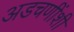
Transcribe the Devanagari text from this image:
अडचणींशी